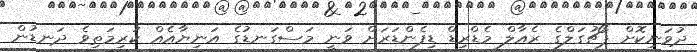
ދުވަނިކޮށް ޕޯޗުގަލްގެ ރެއާލް މެޑްރިޑް ޑިފެންޑަރަށް ވަނީ މަސްގަނޑުގެ އަނިޔާއެއް ކުރިމަތިވެ ދަނޑުން